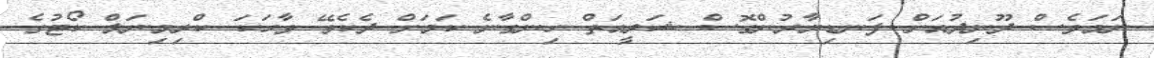
ނަމަވެސް ދޫނިދުއަށް ފަނޑިޔާރުންގޮސް ޝަރީއަތް ހިންގާނެ ކަމަށް ދެކެވޭ ވާހަކަ ކްރިމިނަލް ކޯޓުގެ